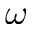
\omega